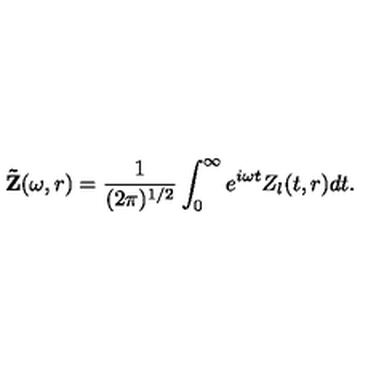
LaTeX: { \bf \tilde { Z } } ( \omega , r ) = \frac { 1 } { ( 2 \pi ) ^ { 1 / 2 } } \int _ { 0 } ^ { \infty } e ^ { i \omega t } Z _ { l } ( t , r ) d t .